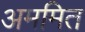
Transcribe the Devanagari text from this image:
अममित